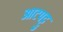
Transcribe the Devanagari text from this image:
आटपट्टु